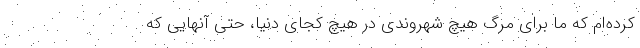
کرده‌ام که ما برای مرگ هیچ شهروندی در هیچ کجای دنیا، حتی آنهایی که